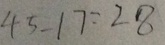
4 5 - 1 7 = 2 8